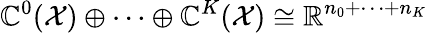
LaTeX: \mathbb{C}^{0}(\mathcal{{X}})\oplus\dots\oplus\mathbb{C}^{K}(\mathcal{{X}})\cong\mathbb{{R}}^{n_{0}+\dots+n_{K}}